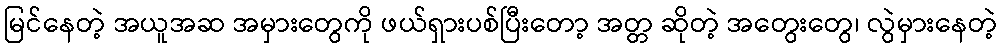
မြင်နေတဲ့ အယူအဆ အမှားတွေကို ဖယ်ရှားပစ်ပြီးတော့ အတ္တ ဆိုတဲ့ အတွေးတွေ၊ လွဲမှားနေတဲ့